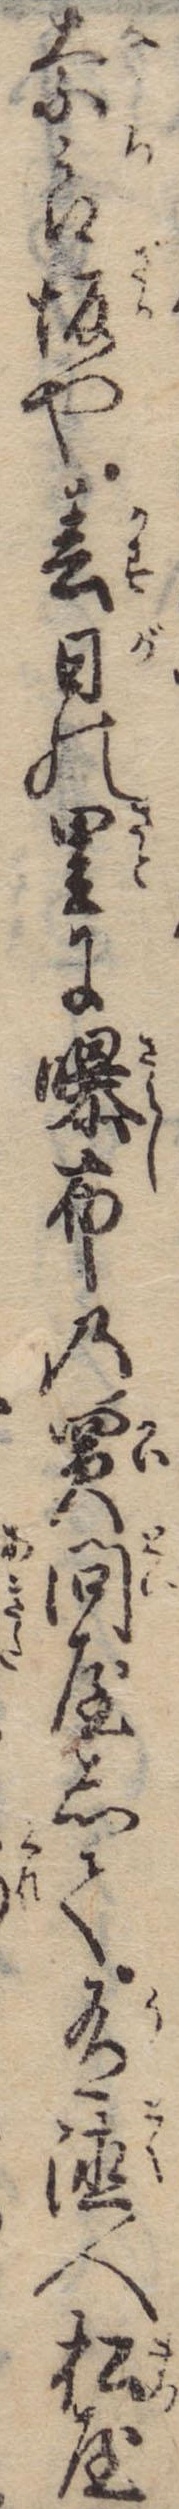
奈良坂や春日の里に曝布の買問屋して有徳人松屋